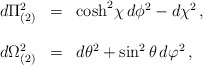
\begin{align*}\begin{array}{rcl}d\Pi_{(2)}^{2} & = & {\rm cosh}^{2}\chi\, d\phi^{2} -d\chi^{2} \, ,\\& & \\d\Omega_{(2)}^{2} & = & d\theta^{2}+\sin^{2}{\theta}\,d\varphi^{2}\, ,\\ \end{array}\end{align*}